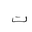
Letter: _ta